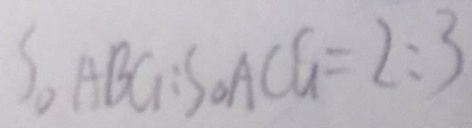
S _ { \Delta } A B G : S _ { \Delta } A C G = 2 : 3